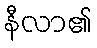
နီလာ၏